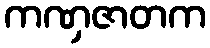
ကဏှဇာတက